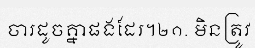
ចារដូចគ្នាផងដែរ។២១. មិនត្រូវ